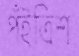
পঁইত্রিশ